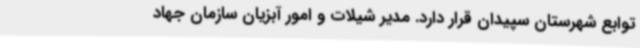
توابع شهرستان سپیدان قرار دارد. مدیر شیلات و امور آبزیان سازمان جهاد